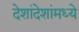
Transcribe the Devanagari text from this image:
देशांदेशांमध्ये